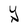
Character: Y